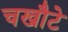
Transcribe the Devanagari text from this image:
चखौटे